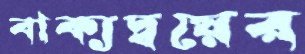
বাক্যদ্বয়ের